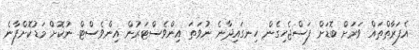
އެފަރާތްތައް ވަރަށް ބޮޑަށް ފަސްޖެހިގެން ހިނގައިދާނެ ނުވަތަ އިންވެސްޓަރުން އިންވެސްޓް ނުކޮށް މަޑުކޮށްފާނެ